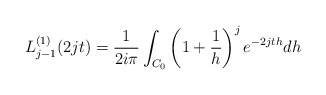
\begin{align*}L_{j-1}^{(1)}(2jt) = \frac{1}{2i\pi}\int_{C_0} \left(1+\frac{1}{h}\right)^{j}e^{-2jth} dh\end{align*}